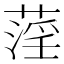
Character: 𦹻